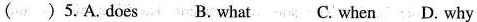
( ) 5.A. does B. what C. when D. why